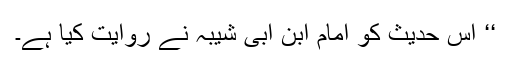
‘‘ اِس حدیث کو امام ابن ابی شیبہ نے روایت کیا ہے۔